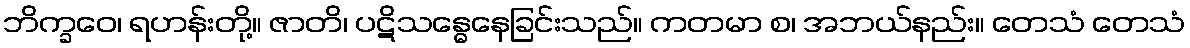
ဘိက္ခဝေ၊ ရဟန်းတို့။ ဇာတိ၊ ပဋိသန္ဓေနေခြင်းသည်။ ကတမာ စ၊ အဘယ်နည်း။ တေသံ တေသံ